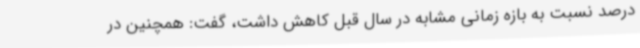
درصد نسبت به بازه زمانی مشابه در سال قبل کاهش داشت، گفت: همچنین در